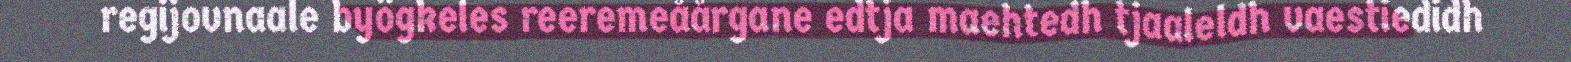
regijovnaale byögkeles reeremeåårgane edtja maehtedh tjaaleldh vaestiedidh